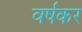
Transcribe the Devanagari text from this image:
वर्षकर